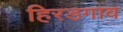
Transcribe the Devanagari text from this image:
हिरडगाव